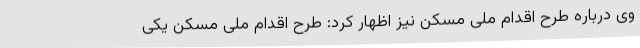
وی درباره طرح اقدام ملی مسکن نیز اظهار کرد: طرح اقدام ملی مسکن یکی